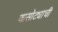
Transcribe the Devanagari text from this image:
वासोट्याची